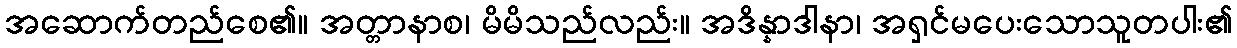
အဆောက်တည်စေ၏။ အတ္တာနာစ၊ မိမိသည်လည်း။ အဒိန္နာဒါနာ၊ အရှင်မပေးသောသူတပါး၏